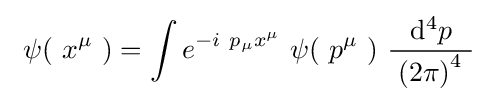
\ \psi (\ x^{\mu }\ )=\int e^{-i\ p_{\mu }x^{\mu }}\ \psi (\ p^{\mu }\ )\ {\frac {\ \mathrm {d} ^{4}p\ }{\;\left(2\pi \right)^{4}\ }}\